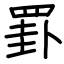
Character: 罫